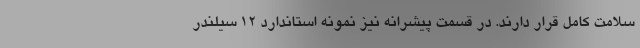
سلامت کامل قرار دارند. در قسمت پیشرانه نیز نمونه استاندارد 12 سیلندر